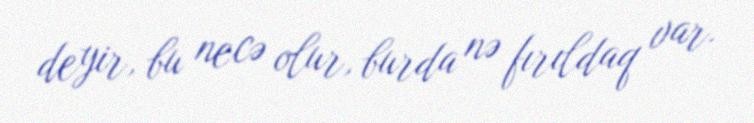
deyir, bu necə olur, burda nə fırıldaq var.